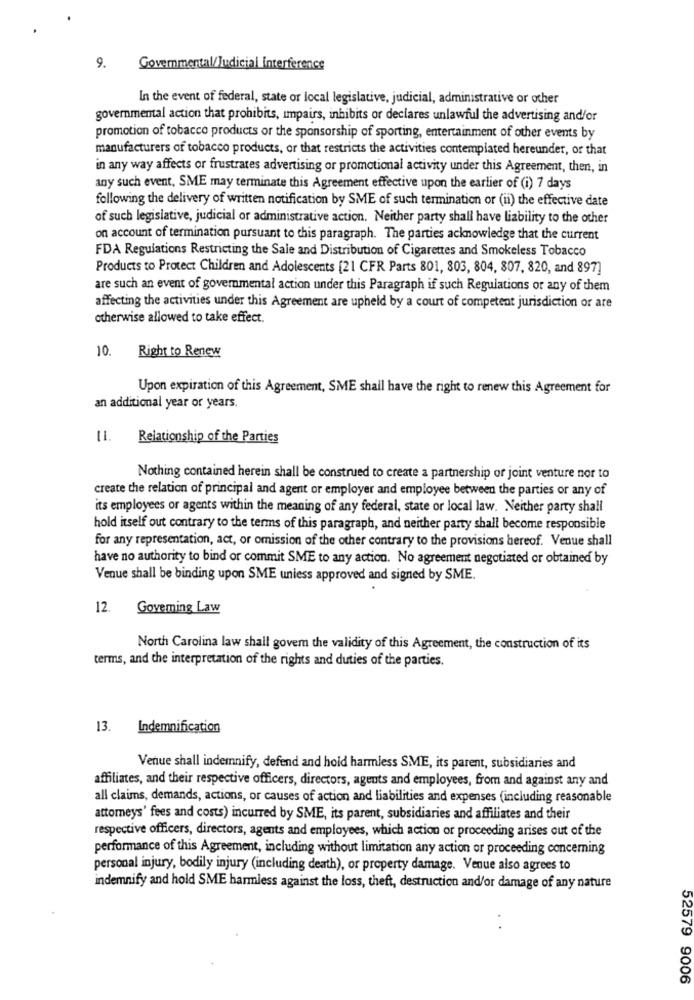
9.
Govemmental/Judicial Interference
In the event of federal, state or local legislative, judicial, administrative or other
governmental action that prohibits, impairs, inhibits or declares unlawful the advertising and/or
promotion of tobacco products or the sponsorship of sporting, entertainment of other events by
manufacturers of tobacco products, or that restricts the activities contemplated hereunder, or that
in any way affects or frustrates advertising or promotional activity under this Agreement, then, in
any such event, SME may terminate this Agreement effective upon the earlier of (i) 7 days
following the delivery of written notification by SME of such termination or (ii) the effective date
of such legislative, judicial or administrative action. Neither party shall have liability to the other
on account of termination pursuant to this paragraph. The parties acknowledge that the current
FDA Regulations Restricting the Sale and Distribution of Cigarettes and Smokeless Tobacco
Products to Protect Children and Adolescents [21 CFR Parts 801, 803, 804, 807, 820, and 897]
are such an event of governmental action under this Paragraph if such Regulations or any of them
affecting the activities under this Agreement are upheld by a court of competent jurisdiction or are
otherwise allowed to take effect.
10.
Right to Renew
Upon expiration of this Agreement, SME shall have the right to renew this Agreement for
an additional year or years.
Relationship of the Parties
Nothing contained herein shall be construed to create a partnership or joint venture nor to
create the relation of principal and agent or employer and employee between the parties or any of
its employees or agents within the meaning of any federal, state or local law. Neither party shall
hold itself out contrary to the terms of this paragraph, and neither party shall become responsible
for any representation, act, or omission of the other contrary to the provisions hereof. Venue shall
have no authority to bind or commit SME to any action. No agreement negotiated or obtained by
Venue shall be binding upon SME unless approved and signed by SME.
12.
Goveming Law
North Carolina law shall govem the validity of this Agreement, the construction of its
terms, and the interpretation of the rights and duties of the parties.
13.
Indemnification
Venue shall indemnify, defend and hold harmless SME, its parent, subsidiaries and
affiliates, and their respective officers, directors, agents and employees, from and against any and
all claims, demands, actions, or causes of action and liabilities and expenses (including reasonable
attorneys' fees and costs) incurred by SME, its parent, subsidiaries and affiliates and their
respective officers, directors, agents and employees, which action or proceeding arises out of the
performance of this Agreement, including without limitation any action or proceeding concerning
personal injury, bodily injury (including death), or property damage. Venue also agrees to
indemnify and hold SME harmless against the loss, theft, destruction and/or damage of any nature
52579 9006